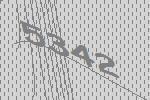
5342